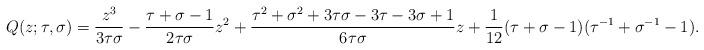
LaTeX: \begin{align*}Q(z; \tau, \sigma) = \frac{z^3}{3\tau \sigma} - \frac{\tau + \sigma - 1}{2 \tau \sigma} z^2 + \frac{\tau^2 + \sigma^2 + 3 \tau \sigma - 3 \tau - 3 \sigma + 1}{6 \tau \sigma} z + \frac{1}{12}(\tau + \sigma - 1)(\tau^{-1} + \sigma^{-1} - 1).\end{align*}